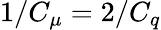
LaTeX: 1/C_{\mu}=2/C_{q}